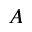
A